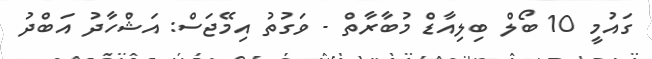
ގައުމީ 10 ބޯލް ބިލިއާޑް މުބާރާތް - ވަގުތު އިމޭޖަސް: އަޝްހާދު އަބްދު